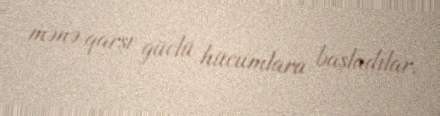
mənə qarşı güclü hücumlara başladılar.